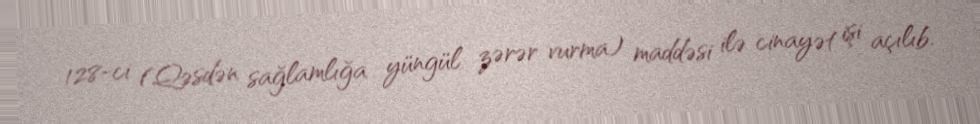
128-ci (Qəsdən sağlamlığa yüngül zərər vurma) maddəsi ilə cinayət işi açılıb.